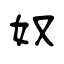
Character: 奴